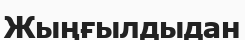
Жыңғылдыдан